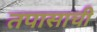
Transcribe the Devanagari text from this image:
तपासाची